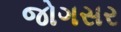
જોગસર